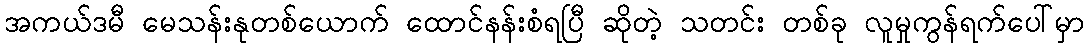
အကယ်ဒမီ မေသန်းနုတစ်ယောက် ထောင်နန်းစံရပြီ ဆိုတဲ့ သတင်း တစ်ခု လူမှုကွန်ရက်ပေါ်မှာ